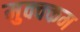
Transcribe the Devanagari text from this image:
मुक्क्कम